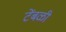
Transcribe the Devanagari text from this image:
टेंबळी